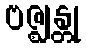
ဗဇ္ဈန္တု